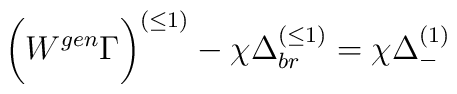
\biggl( W^{gen} \Gamma \biggr)^{(\leq 1)}- \chi \Delta_{br}^{(\leq 1)} = \chi \Delta _-^{(1)}